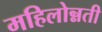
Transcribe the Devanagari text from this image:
महिलोन्नती